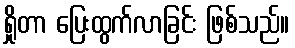
ရှိုတာ ပြေးထွက်လာခြင်း ဖြစ်သည်။